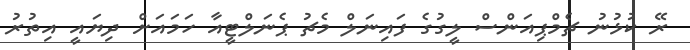
ރޭ ކުޅުނު ޗެމްޕިއަންސް ލީގުގެ ފައިނަލް މެޗު ޕެނަލްޓީއާ ހަމައަށް ދިޔައީ އިތުރު